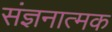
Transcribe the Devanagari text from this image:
संज्ञनात्मक